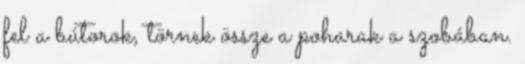
fel a bútorok, törnek össze a poharak a szobában.